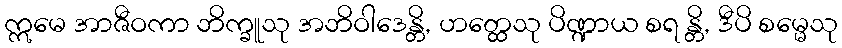
ဣမေ အာဇီဝကာ ဘိက္ခူသု အဘိဝါဒေန္တိ, ဟတ္ထေသု ပိဏ္ဍာယ စရ န္တိ, ဒီပိ စမ္မေသု